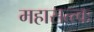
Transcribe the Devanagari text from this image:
महासत्त्वः